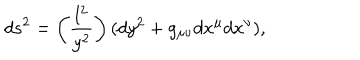
LaTeX: d s ^ { 2 } = \left( \frac { l ^ { 2 } } { y ^ { 2 } } \right) ( d y ^ { 2 } + g _ { \mu \nu } d x ^ { \mu } d x ^ { \nu } ) ,